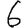
Digit: 6